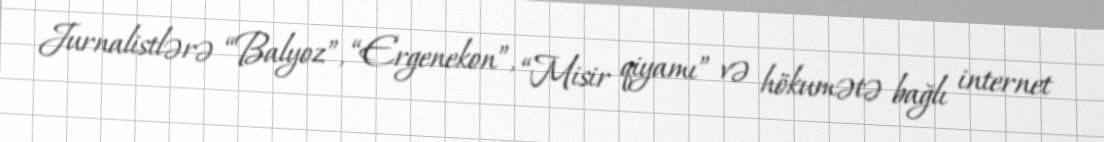
Jurnalistlərə “Balyoz”, “Ergenekon”, “Misir qiyamı” və hökumətə bağlı internet